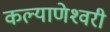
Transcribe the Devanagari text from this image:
कल्‍याणेश्‍वरी